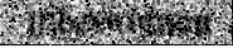
tribeswomen